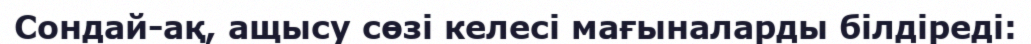
Сондай-ақ, ащысу сөзі келесі мағыналарды білдіреді: